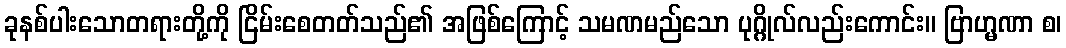
ခုနစ်ပါးသောတရားတို့ကို ငြိမ်းစေတတ်သည်၏ အဖြစ်ကြောင့် သမဏမည်သော ပုဂ္ဂိုလ်လည်းကောင်း။ ဗြာဟ္မဏာ စ၊